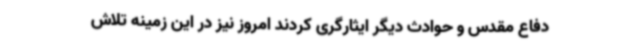
دفاع مقدس و حوادث دیگر ایثارگری کردند امروز نیز در این زمینه تلاش